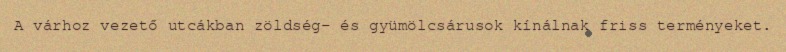
A várhoz vezető utcákban zöldség- és gyümölcsárusok kínálnak friss terményeket.